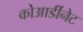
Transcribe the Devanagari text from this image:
कोआर्डीनेट